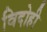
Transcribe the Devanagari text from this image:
विदोही